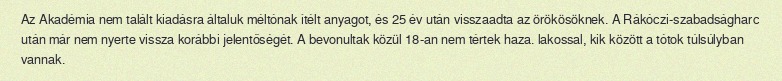
Az Akadémia nem talált kiadásra általuk méltónak ítélt anyagot, és 25 év után visszaadta az örökösöknek. A Rákóczi-szabadságharc után már nem nyerte vissza korábbi jelentőségét. A bevonultak közül 18-an nem tértek haza. lakossal, kik között a tótok túlsúlyban vannak.